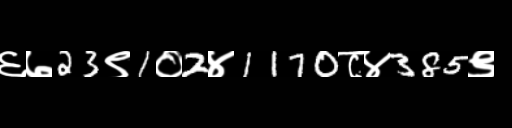
Text: ६७23९1०2४1170८४385९